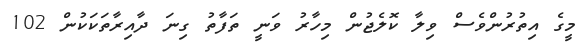
މީގެ އިތުރުންވެސް ވިލާ ކޮލެޖުން މިހާރު ވަނީ ތަފާތު ގިނަ ދާއިރާތަކަކުން 102